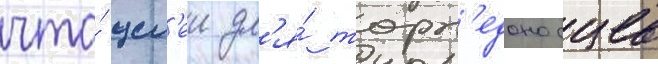
что́ цел'еи дл'я́ торп'едоносцев